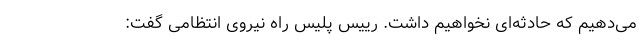
می‌دهیم که حادثه‌ای نخواهیم داشت. رییس پلیس راه نیروی انتظامی گفت: